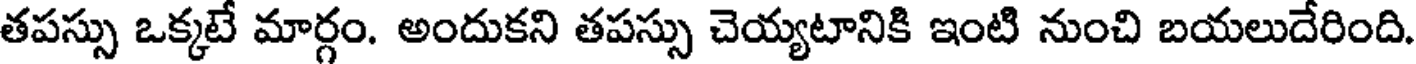
తపస్సు ఒక్కటే మార్గం. అందుకని తపస్సు చెయ్యటానికి ఇంటి నుంచి బయలుదేరింది